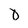
Character: D